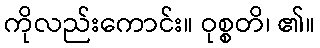
ကိုလည်းကောင်း။ ဝုစ္စတိ၊ ၏။